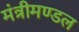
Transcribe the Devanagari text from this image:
मंत्रीमण्‍डल